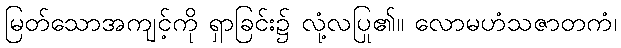
မြတ်သောအကျင့်ကို ရှာခြင်း၌ လုံ့လပြု၏။ လောမဟံသဇာတကံ၊